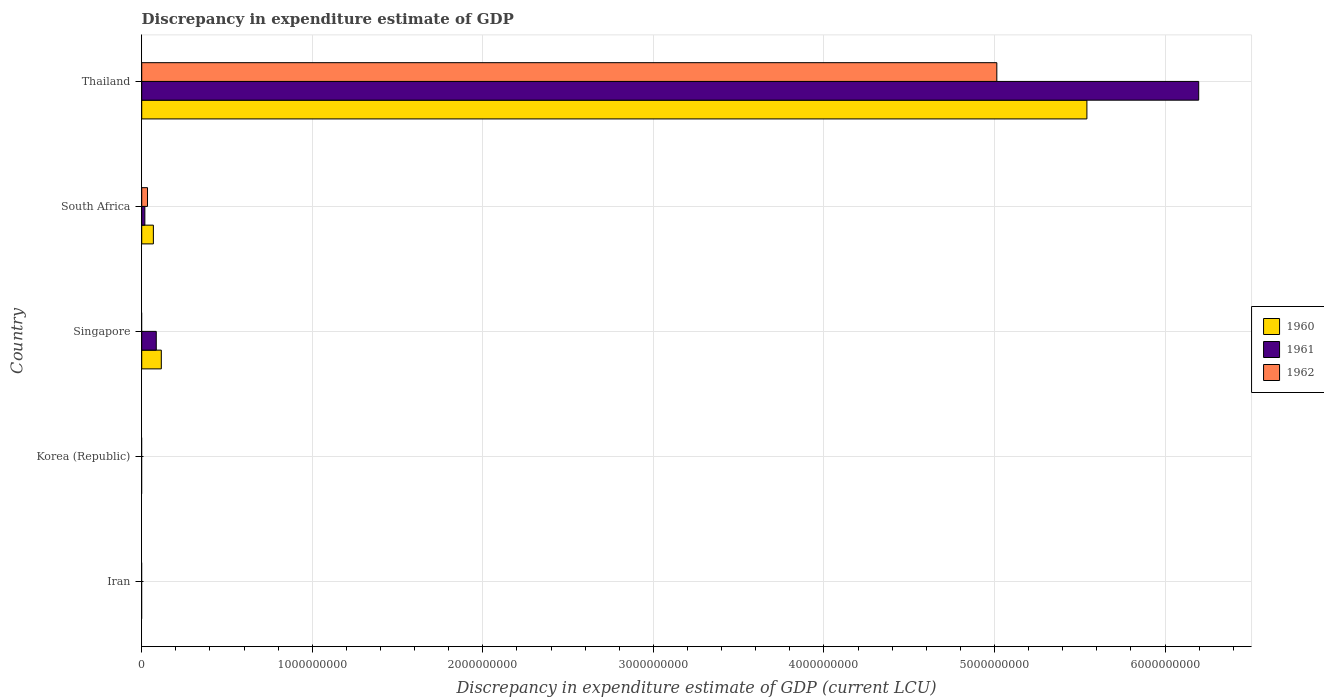
| Country | 1960 | 1961 | 1962 |
 | --- | --- | --- | --- |
 | Iran | -4.44e+10 | -4.48e+10 | -4.79e+10 |
 | Korea (Republic) | -4.22e+08 | -3.24e+08 | -4.47e+08 |
 | Singapore | 1.15e+08 | 8.53e+07 | -4.22e+07 |
 | South Africa | 6.83e+07 | 1.84e+07 | 3.4e+07 |
 | Thailand | 5.54e+09 | 6.2e+09 | 5.01e+09 |